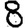
Digit: 8